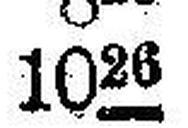
1026